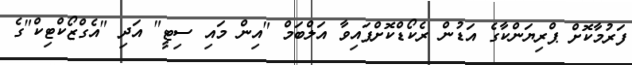
ފަރުމާކޮށް ޕްރިޔަންކާގެ އަޑުން ރެކޯޑްކޮށްފައިވާ އަލްބަމް "އިން މައި ސިޓީ" އަދި "އެގްޒޯކްޓިކް"ގެ